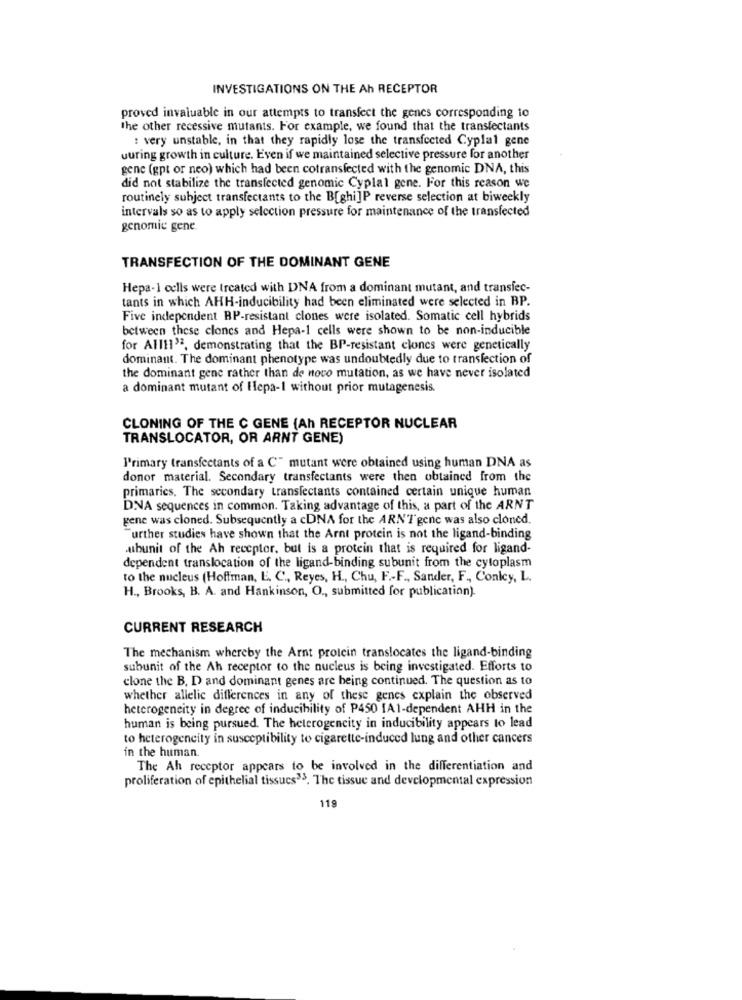
INVESTIGATIONS ON THE Ah RECEPTOR
proved invaluable in our attempts to transfect the genes corresponding io
the other recessive mutants. For example, we found that the transfectants
: very unstable, in that they rapidly lose the transfected Cyplal gene
uuring growth in culture. Even if we maintained selective pressure for another
gene (gpt or neo) which had been cotransfected with the genomic DNA, this
did not stabilize the transfected genomic Cyplal gene. For this reason we
routinely subject transfectants to the B[ghi]P reverse selection at biweekly
intervals so as to apply selection pressure for maintenance of the transfected
genomic gene
TRANSFECTION OF THE DOMINANT GENE
Hepa-1 cells were treated with DNA from a dominant mutant, and transiec-
tants in which AHH-inducibility had been eliminated were selected in BP.
Five independent RP-resistant clones were isolated. Somatic cell hybrids
between these clones and Hepa-1 cells were shown to be non-inducible
for All11", demonstrating that the BP-resistant clones were genetically
dominant. The dominant phenotype was undoubtedly due to transfection of
the dominant gene rather than de novo mutation, as we have never isolated
a dominant mutant of Hepa-1 without prior mutagenesis.
CLONING OF THE C GENE (Ah RECEPTOR NUCLEAR
TRANSLOCATOR, OR ARNT GENE)
Primary transfectants of a C" mutant were obtained using human DNA as
donor material. Secondary transfectants were then obtained from the
primaries, The secondary transfectants contained certain unique human
DNA sequences in common. Taking advantage of this, a part of the ARNT
gene was cloned. Subsequently a cDNA for the ARNT gene was also cloned.
Further studies have shown that the Arnt protein is not the ligand-binding
abunit of the Ah receptor, but is a protein that is required for ligand-
dependent translocation of the ligand-binding subunit from the cytoplasm
to the nucleus (Hoffman, E. C ., Reyes, H ., Chu, F .- F ., Sander, F ., Conlcy, L.
H ., Brooks, B. A. and Hankinson, O ., submitted for publication).
CURRENT RESEARCH
The mechanism whereby the Arnt protein translocates the ligand-binding
subunit of the Ah receptor to the nucleus is being investigated. Efforts to
clone the B, D and dominant genes are being continued. The question as to
whether allelic differences in any of these genes explain the observed
heterogeneity in degree of inducibility of P450 1A1-dependent AHH in the
human is being pursued. The heterogencity in inducibility appears to lead
to heterogeneity in susceptibility to cigarette-induced lung and other cancers
in the human
The Ah receptor appears to be involved in the differentiation and
proliferation of epithelial tissucs35. The tissue and developmental expression
119